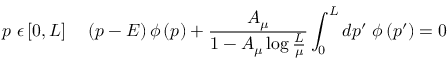
p \ \epsilon \left[ 0 , L \right] \; \; \; \; \left( p - E \right) \phi \left( p \right) + { \frac { A _ { \mu } } { 1 - A _ { \mu } \log { \frac { L } { \mu } } } } \int _ { 0 } ^ { L } d p ^ { \prime } \; \phi \left( p ^ { \prime } \right) = 0